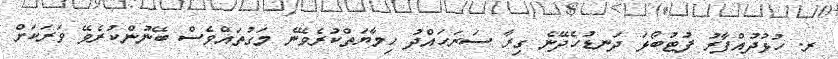
ރ. ހުޅުދުއްފާރު ފުޓުބޯޅަ ދަނޑުހެދޭނެ ގިރާ ސަރަހައްދު ހިމާޔަތްކުރެވޭނެ މަގުތައްވެސް ބޭނުންކުރެވޭ ވަރަކަށް